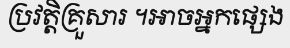
ប្រវត្តិគ្រួសារ ។អាចអ្នកផ្សេង